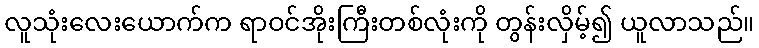
လူသုံးလေးယောက်က ရာဝင်အိုးကြီးတစ်လုံးကို တွန်းလှိမ့်၍ ယူလာသည်။